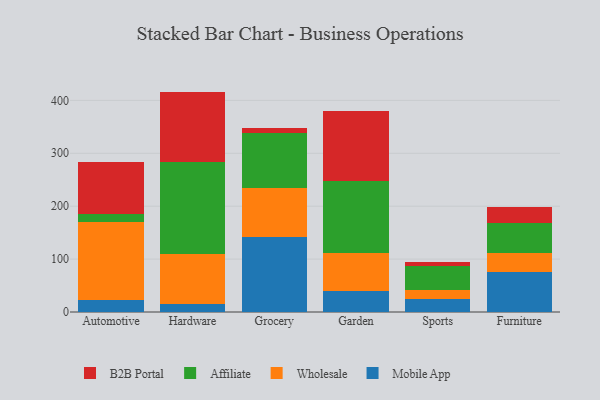
{"axis": {"x": "Category", "y": "Latency (ms)"}, "legend": ["Affiliate", "B2B Portal", "Mobile App", "Wholesale"], "data": [{"x": "Automotive", "y": 22.9, "type": "Mobile App"}, {"x": "Automotive", "y": 146.7, "type": "Wholesale"}, {"x": "Automotive", "y": 16.4, "type": "Affiliate"}, {"x": "Automotive", "y": 96.7, "type": "B2B Portal"}, {"x": "Hardware", "y": 15.9, "type": "Mobile App"}, {"x": "Hardware", "y": 93.9, "type": "Wholesale"}, {"x": "Hardware", "y": 173.6, "type": "Affiliate"}, {"x": "Hardware", "y": 133.2, "type": "B2B Portal"}, {"x": "Grocery", "y": 141.9, "type": "Mobile App"}, {"x": "Grocery", "y": 91.9, "type": "Wholesale"}, {"x": "Grocery", "y": 104.0, "type": "Affiliate"}, {"x": "Grocery", "y": 10.2, "type": "B2B Portal"}, {"x": "Garden", "y": 39.4, "type": "Mobile App"}, {"x": "Garden", "y": 72.5, "type": "Wholesale"}, {"x": "Garden", "y": 135.2, "type": "Affiliate"}, {"x": "Garden", "y": 133.3, "type": "B2B Portal"}, {"x": "Sports", "y": 23.9, "type": "Mobile App"}, {"x": "Sports", "y": 17.5, "type": "Wholesale"}, {"x": "Sports", "y": 45.8, "type": "Affiliate"}, {"x": "Sports", "y": 6.7, "type": "B2B Portal"}, {"x": "Furniture", "y": 75.5, "type": "Mobile App"}, {"x": "Furniture", "y": 36.1, "type": "Wholesale"}, {"x": "Furniture", "y": 55.9, "type": "Affiliate"}, {"x": "Furniture", "y": 31.1, "type": "B2B Portal"}]}